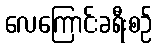
လေကြောင်းခရီးစဉ်